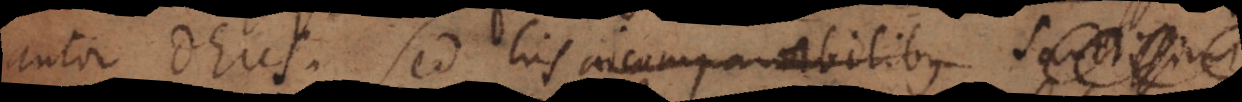
autor Deus. Sed his incomparabilibus Sancti